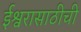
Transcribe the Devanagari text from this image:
ईश्वरासाठीची